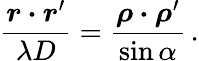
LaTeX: {\frac{\boldsymbol r\boldsymbol\cdot\boldsymbol r^{\prime}}{\lambda D}}={\frac{\boldsymbol\rho\boldsymbol\cdot\boldsymbol\rho^{\prime}}{\sin\alpha}}\, .